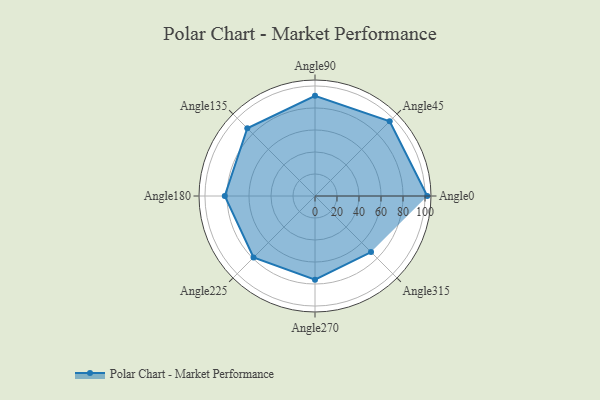
{"axis": {"x": "Angle", "y": "Radius"}, "legend": [""], "data": [{"x": "Angle0", "y": 102.0, "type": ""}, {"x": "Angle45", "y": 96.0, "type": ""}, {"x": "Angle90", "y": 91.0, "type": ""}, {"x": "Angle135", "y": 87.0, "type": ""}, {"x": "Angle180", "y": 82.0, "type": ""}, {"x": "Angle225", "y": 79.0, "type": ""}, {"x": "Angle270", "y": 76.0, "type": ""}, {"x": "Angle315", "y": 72.0, "type": ""}]}